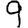
Digit: 9